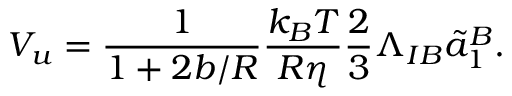
V _ { u } = \frac { 1 } { 1 + 2 b / R } \frac { k _ { B } T } { R \eta } \frac { 2 } { 3 } \Lambda _ { I B } \tilde { a } _ { 1 } ^ { B } .